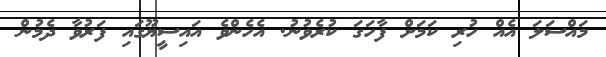
މައްސަލަ އެއް ހުރި ކަމަށް ފާހަގަ ކުރެވުނު. އެހެންވެ އައިސީޔޫގައި ފަރުވާ ދެމުން